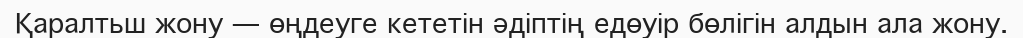
Қаралтьш жону — өңдеуге кететін әдіптің едөуір бөлігін алдын ала жону.